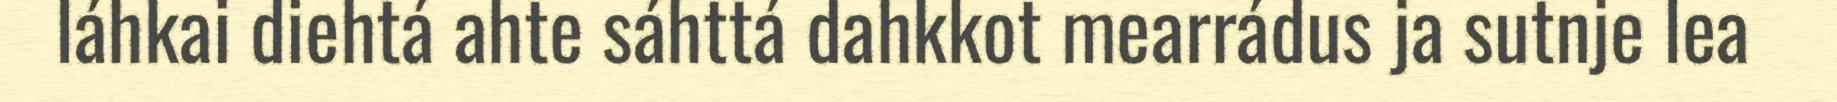
láhkai diehtá ahte sáhttá dahkkot mearrádus ja sutnje lea